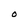
Character: 0